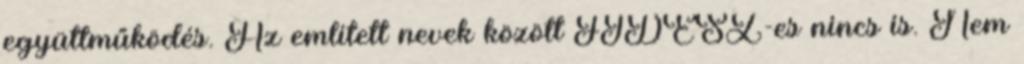
együttműködés. Az említett nevek között FIDESZ-es nincs is. Nem